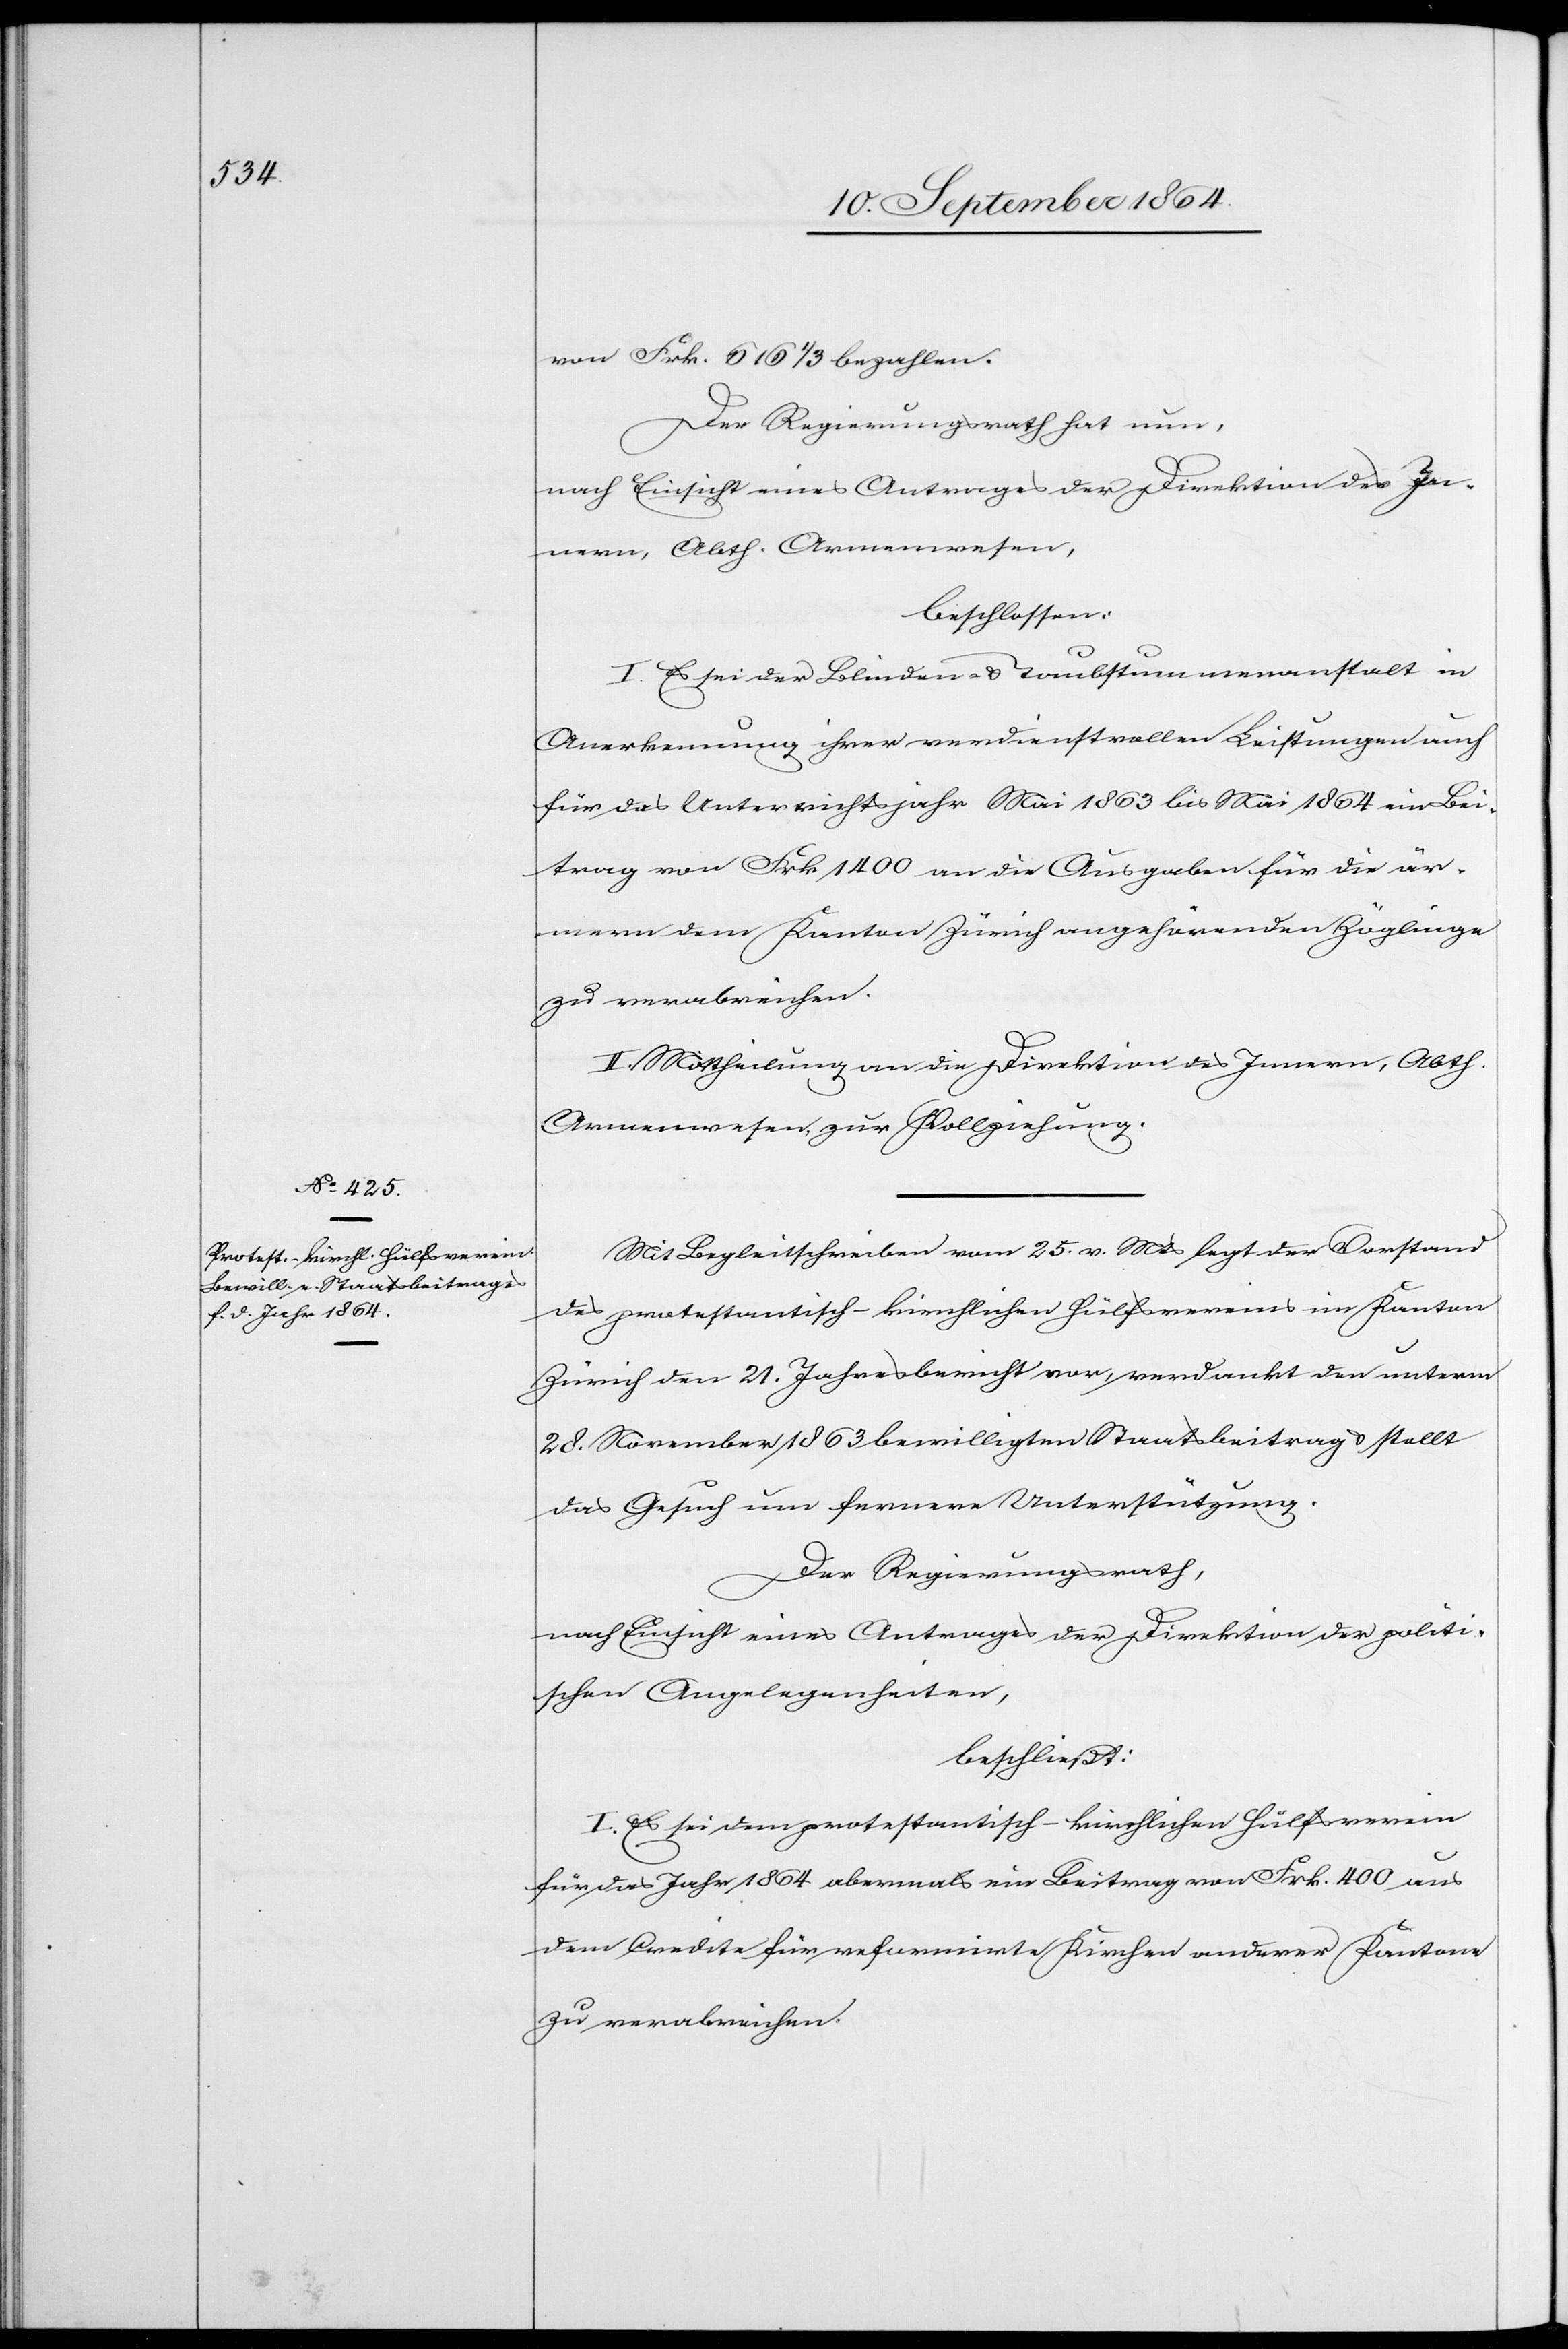
von Frk. 616 1/3 bezahlen.
Der Regierungsrath hat nun,
nach Einsicht eines Antrages der Direktion des In¬
nern, Abth. Armenwesen,
beschlossen:
I. Es sei der Blinden- & Taubstummenanstalt in
Anerkennung ihrer verdienstvollen Leistungen auch
für das Unterrichtsjahr Mai 1863 bis Mai 1864 ein Bei¬
trag von Frk. 1 400 an die Ausgaben für die är¬
mern dem Kanton Zürich angehörenden Zöglinge
zu verabreichen.
II. Mittheilung an die Direktion des Innern, Abth.
Armenwesen zur Vollziehung.
Mit Begleitschreiben vom 25. v. Mts legt der Vorstand
des protestantisch-kirchlichen Hülfsvereins im Kanton
Zürich den 21. Jahresbericht vor, verdankt den unterm
28. November 1863 bewilligten Staatsbeitrag & stellt
das Gesuch um fernere Unterstützung.
Der Regierungsrath,
nach Einsicht eines Antrages der Direktion der politi¬
schen Angelegenheiten,
beschließt:
I. Es sei dem protestantisch-kirchlichen Hülfsverein
für das Jahr 1864 abermals ein Beitrag von Frk. 400 aus
dem Credite für reformirte Kirchen anderer Kantone
zu verabreichen.